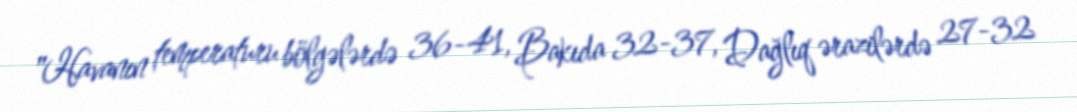
"Havanın temperaturu bölgələrdə 36-41, Bakıda 32-37, Dağlıq ərazilərdə 27-32